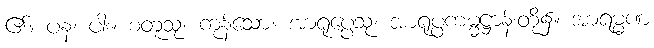
၏။ ပန၊ ပါး။ စတူသု၊ ကုန်သော။ အာရုပ္ပေသု၊ အာရုပ္ပကမ္မဋ္ဌာန်းတို့၌။ အာရမ္မဏ